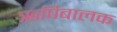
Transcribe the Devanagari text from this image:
ऋषिबालक